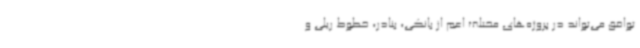
توافق می‌تواند در پروژه‌های مختلف اعم از بانکی، بنادر، خطوط ریلی و